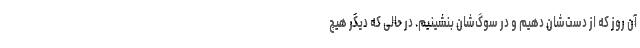
آن روز که از دست‌شان دهیم و در سوگ‌شان بنشینیم. در حالی که دیگر هیچ